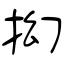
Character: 抝